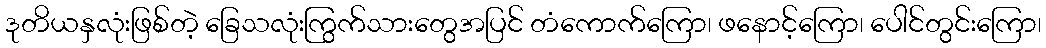
ဒုတိယနှလုံးဖြစ်တဲ့ ခြေသလုံးကြွက်သားတွေအပြင် တံကောက်ကြော၊ ဖနောင့်ကြော၊ ပေါင်တွင်းကြော၊